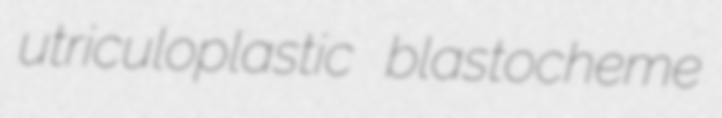
utriculoplastic blastocheme